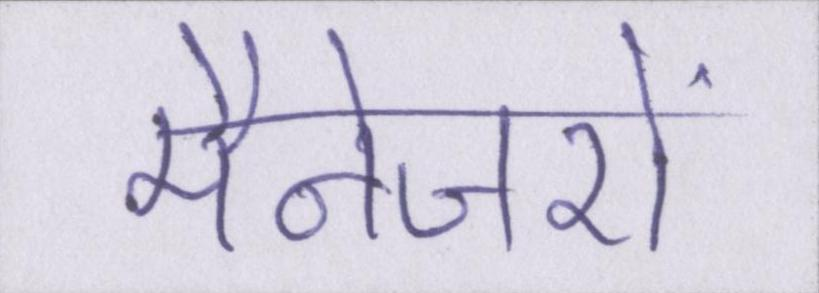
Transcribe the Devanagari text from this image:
मैनेजरों